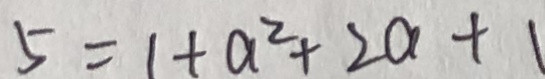
5 = 1 + a ^ { 2 } + 2 a + 1